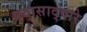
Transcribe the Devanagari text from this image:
प्रवासाद्वारे